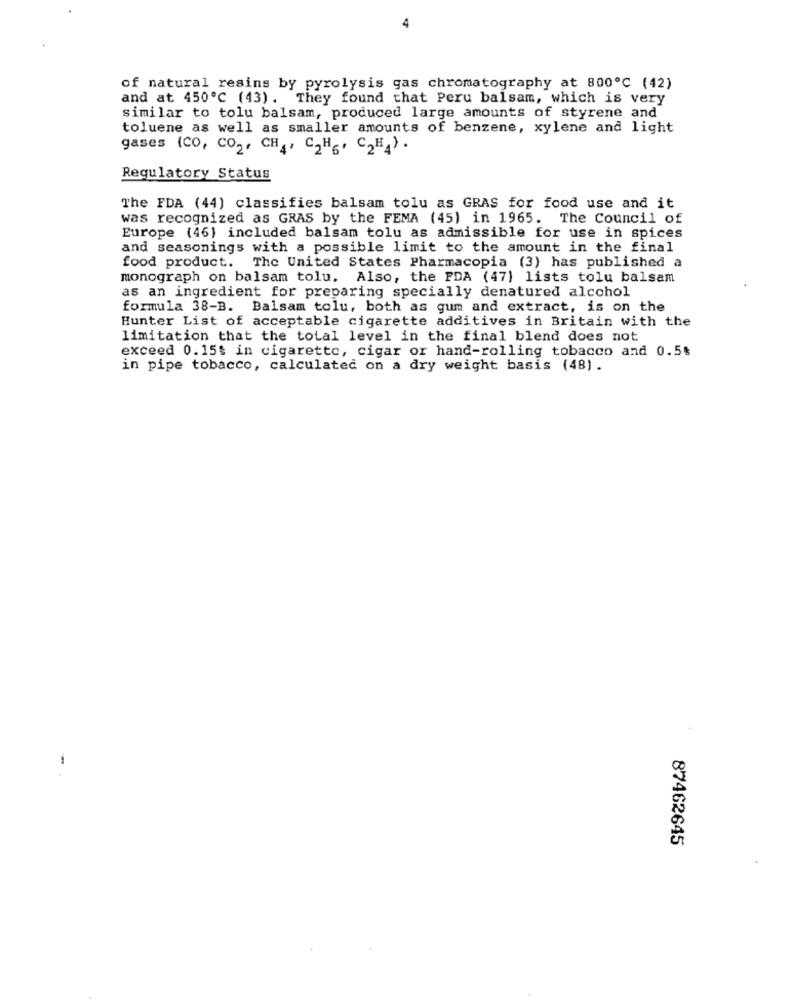
of natural resins by pyrolysis gas chromatography at 800℃ (42)
and at 450℃ (43). They found that Peru balsam, which is very
similar to tolu balsam, produced large amounts of styrene and
toluene as well as smaller amounts of benzene, xylene and light
gases (CO, CO2, CH4, C2H6, C2H4) .
Regulatory Status
The FDA (44) classifies balsam tolu as GRAS for food use and it
was recognized as GRAS by the FEMA (45) in 1965. The Council of
Europe (46) included balsam tolu as admissible for use in spices
and seasonings with a possible limit to the amount in the final
food product. The United States Pharmacopia (3) has published a
monograph on balsam tolu. Also, the FDA (47) lists tolu balsam
as an ingredient for preparing specially denatured alcohol
formula 38-B. Balsam tolu, both as gum and extract, is on the
Hunter List of acceptable cigarette additives in Britain with the
limitation that the total level in the final blend does not
exceed 0.15$ in cigarette, cigar or hand-rolling tobacco and 0.5%
in pipe tobacco, calculated on a dry weight basis (48).
87462645